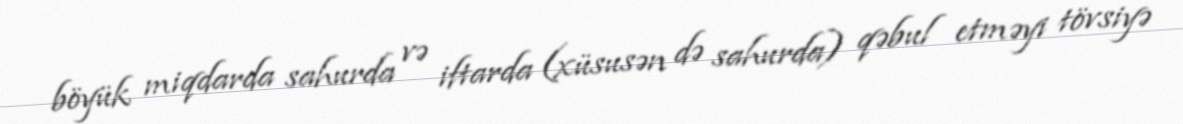
böyük miqdarda sahurda və iftarda (xüsusən də sahurda) qəbul etməyi tövsiyə